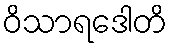
ဝိသာရဒေါတိ